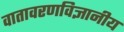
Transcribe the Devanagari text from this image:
वातावरणविज्ञानीय